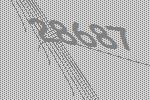
28687